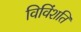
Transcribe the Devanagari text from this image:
विविंशति